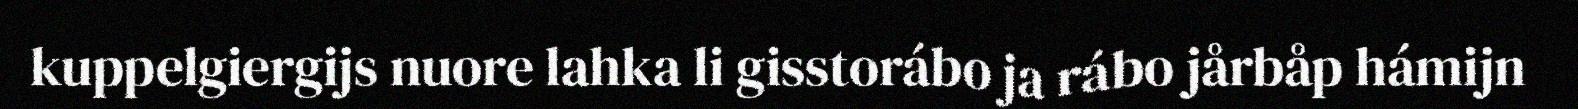
kuppelgiergijs nuore lahka li gisstorábo ja rábo jårbåp hámijn